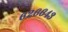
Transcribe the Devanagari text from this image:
६२६६४३